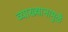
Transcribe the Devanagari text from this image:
व्याख्यानामुळे